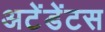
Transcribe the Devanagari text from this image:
अटेंडेंटस